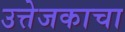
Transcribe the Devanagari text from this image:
उत्तेजकाचा